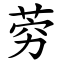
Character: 䓖